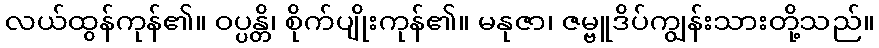
လယ်ထွန်ကုန်၏။ ဝပ္ပန္တိ၊ စိုက်ပျိုးကုန်၏။ မနုဇာ၊ ဇမ္ဗူဒိပ်ကျွန်းသားတို့သည်။